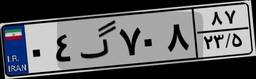
۰۴گ۷۰۸۸۷